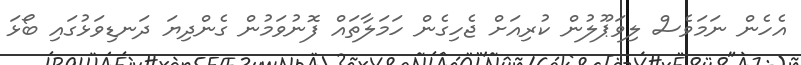
އެހެން ނަމަވެސް ލިވަޕޫލުން ކުރިއަށް ޖެހިގެން ހަމަލާތައް ފޮނުވަމުން ގެންދިޔަ ދަނޑިވަޅުގައި ބޯޅަ